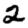
Digit: 2